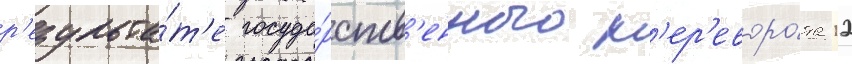
р'езульта́т'е госуда́рств'енного п'ер'еворо́та 12